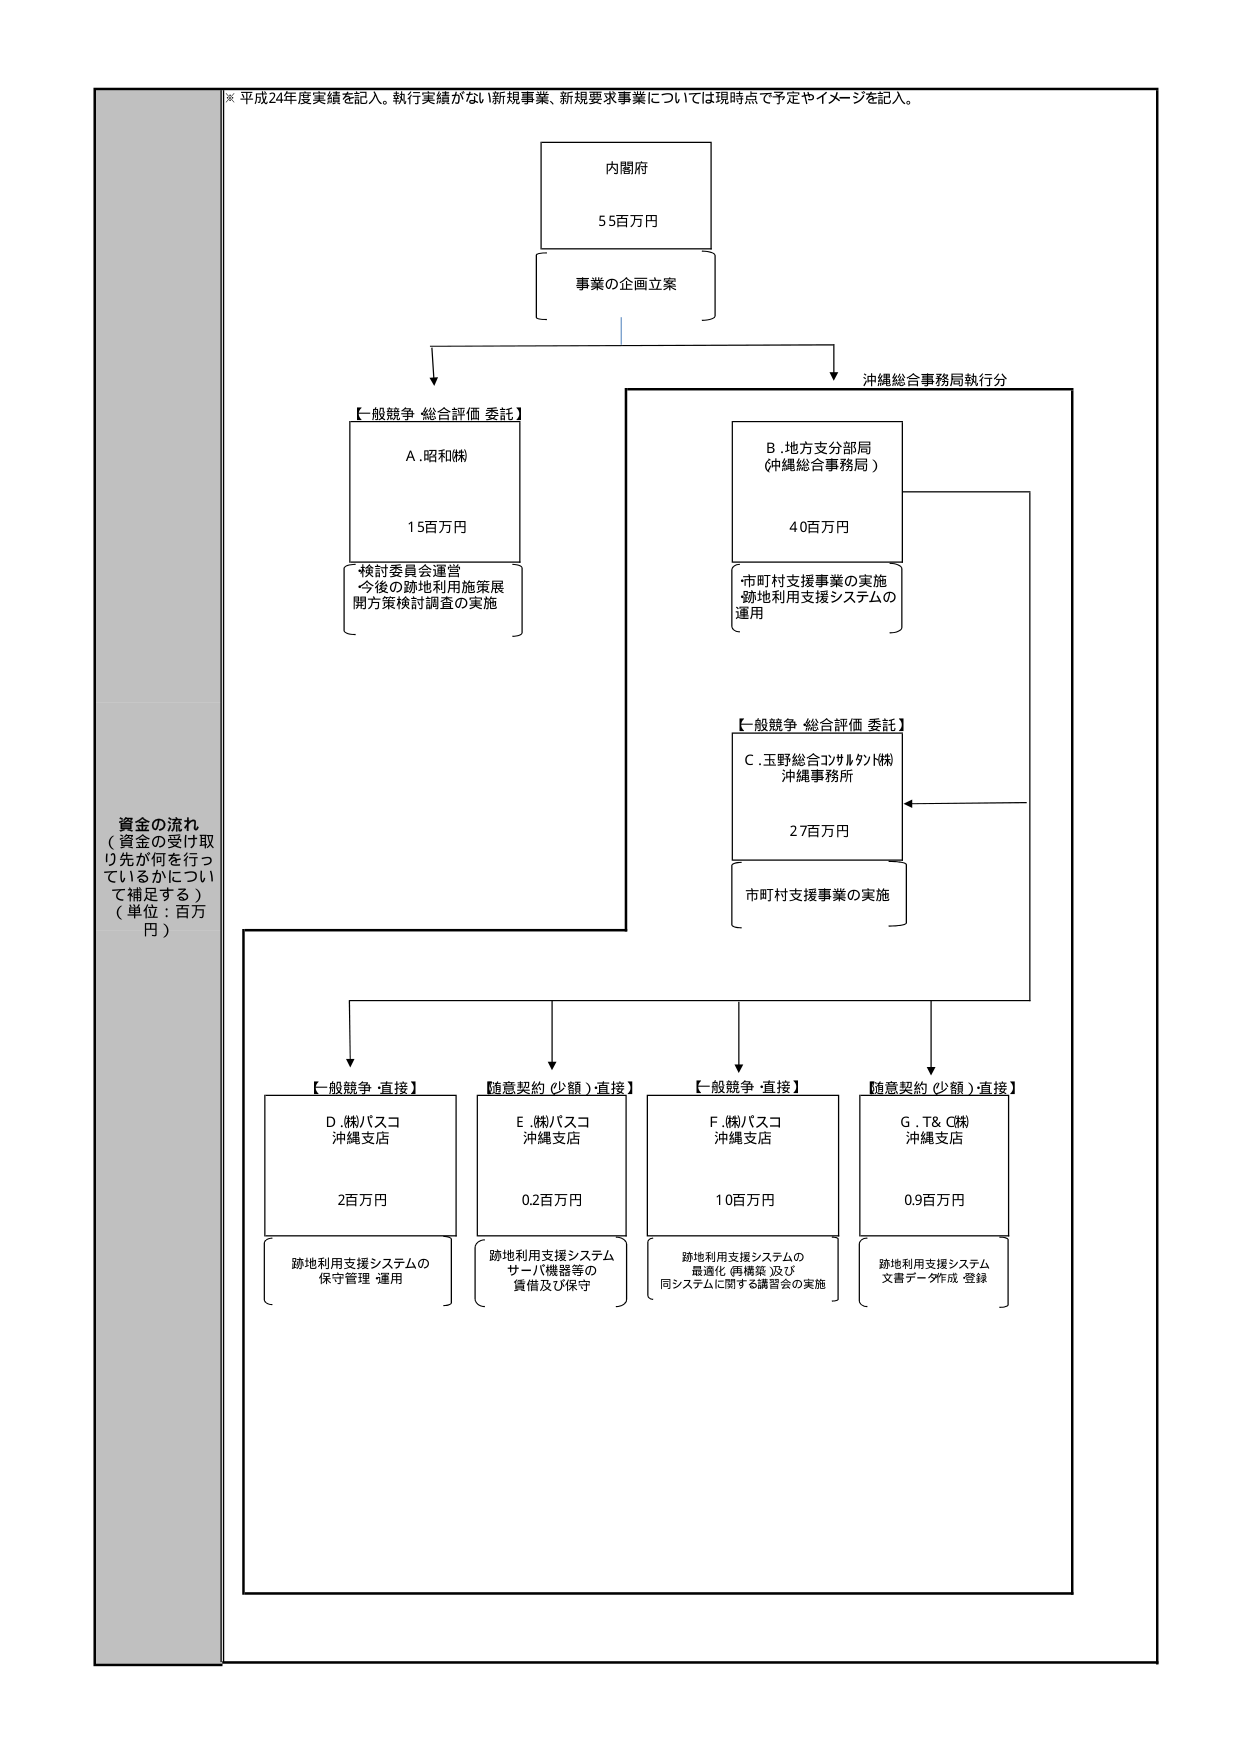
※ 平成24年度実績を記入。執行実績がない新規事業、新規要求事業については現時点で予定やイメージを記入。

内閣府
55百万円
事業の企画立案

沖縄総合事務局執行分

【一般競争 総合評価 委託】
A. 昭和㈱
15百万円
検討委員会運営
今後の跡地利用施策展開方策検討調査の実施

B. 地方支分部局
（沖縄総合事務局）
40百万円
市町村支援事業の実施
跡地利用支援システムの運用

【一般競争 総合評価 委託】
C. 玉野総合コンサルタント㈱
沖縄事務所
27百万円
市町村支援事業の実施

資金の流れ
（資金の受け取り先が何を行っているかについて補足する）
（単位：百万円）

【一般競争・直接】
D. ㈱パスコ
沖縄支店
2百万円
跡地利用支援システムの
保守管理・運用

【随意契約（少額）・直接】
E. ㈱パスコ
沖縄支店
0.2百万円
跡地利用支援システム
サーバ機器等の
貸借及び保守

【一般競争・直接】
F. ㈱パスコ
沖縄支店
10百万円
跡地利用支援システムの
最適化・再構築 及び
同システムに関する講習会の実施

【随意契約（少額）・直接】
G. T& C㈱
沖縄支店
0.9百万円
跡地利用支援システム
文書データ作成・登録